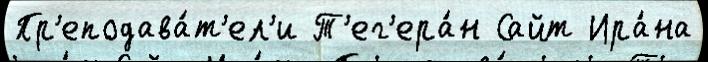
Пр'еподава́т'ел'и Т'ег'ера́н Сайт Ира́на